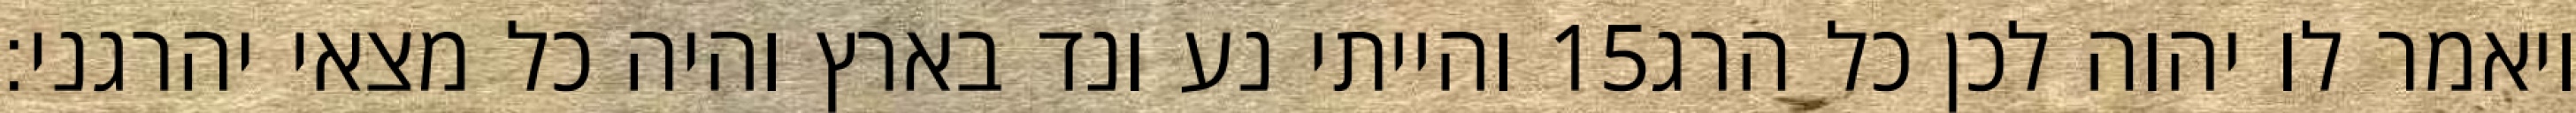
והייתי נע ונד בארץ והיה כל מצאי יהרגני׃ ‎15‏ ויאמר לו יהוה לכן כל הרג